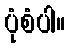
ပုံစံပါ။